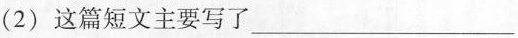
(2)这篇短文主要写了___